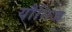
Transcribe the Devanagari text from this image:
यौनिज